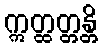
ဣတ္ထတ္တန္တိ